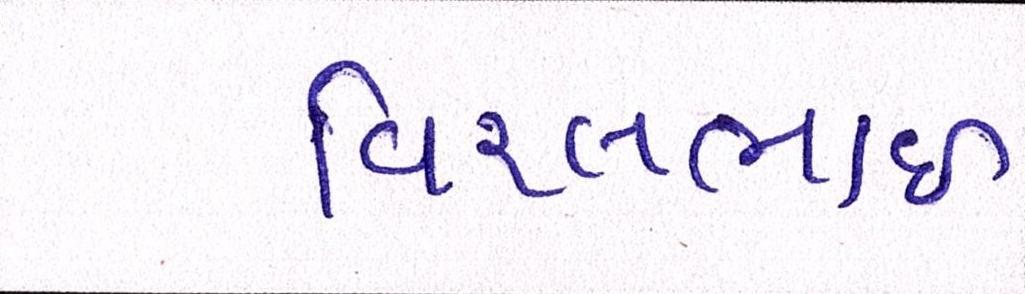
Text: વિરલભાઇ